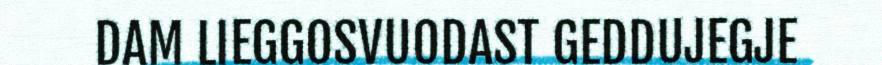
DAM LIEGGOSVUODAST GEDDUJEGJE